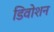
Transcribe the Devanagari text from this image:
डिवोशन